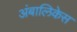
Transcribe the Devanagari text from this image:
अंबालिकेस